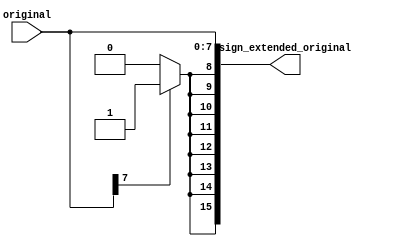
// This program was cloned from: https://github.com/seldridge/verilog
// License: Apache License 2.0

// Copyright 2018 Schuyler Eldridge
//
// Licensed under the Apache License, Version 2.0 (the "License");
// you may not use this file except in compliance with the License.
// You may obtain a copy of the License at
//
//     http://www.apache.org/licenses/LICENSE-2.0
//
// Unless required by applicable law or agreed to in writing, software
// distributed under the License is distributed on an "AS IS" BASIS,
// WITHOUT WARRANTIES OR CONDITIONS OF ANY KIND, either express or implied.
// See the License for the specific language governing permissions and
// limitations under the License.

// Generic sign extension module

`timescale 1ns/1ps
module sign_extender
  #(
    parameter
    INPUT_WIDTH = 8,
    OUTPUT_WIDTH = 16
    )
  (
   input [INPUT_WIDTH-1:0] original,
   output reg [OUTPUT_WIDTH-1:0] sign_extended_original
   );

  wire [OUTPUT_WIDTH-INPUT_WIDTH-1:0] sign_extend;

  generate
    genvar                           i;
    for (i = 0; i < OUTPUT_WIDTH-INPUT_WIDTH; i = i + 1) begin : gen_sign_extend
      assign sign_extend[i]  = (original[INPUT_WIDTH-1]) ? 1'b1 : 1'b0;
    end
  endgenerate

  always @ * begin
    sign_extended_original  = {sign_extend,original};
  end

endmodule